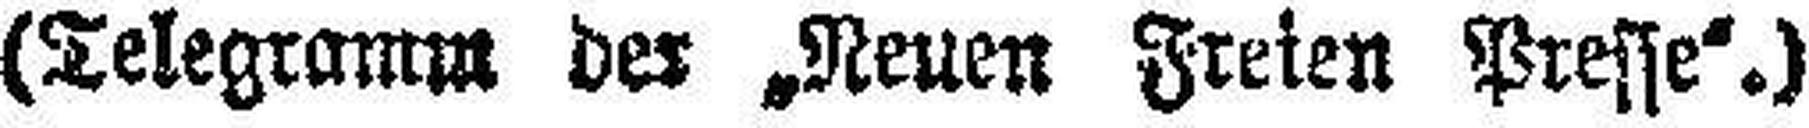
(Telegramm der „Neuen Freien Presse“.)